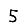
Digit: 5